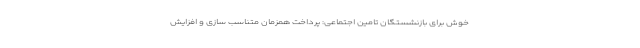
خوش برای بازنشستگان تامین اجتماعی: پرداخت همزمان متناسب سازی و افزایش